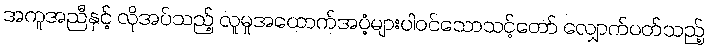
အကူအညီနှင့် လိုအပ်သည့် လူမှုအထောက်အပံ့များပါဝင်သောသင့်တော် လျှောက်ပတ်သည့်